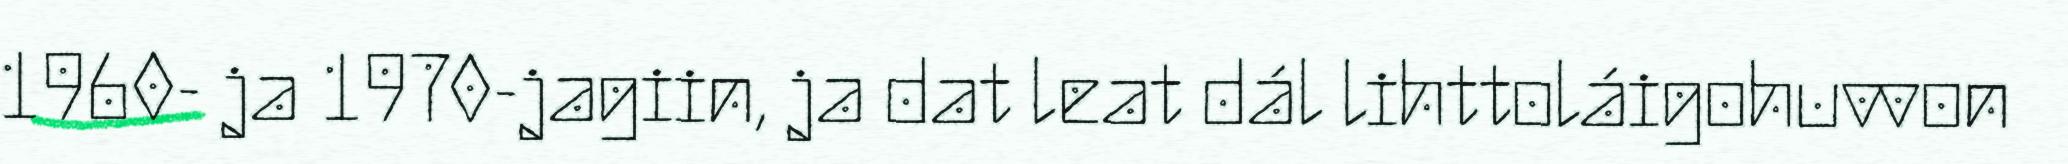
1960- ja 1970-jagiin, ja dat leat dál lihttoláigohuvvon